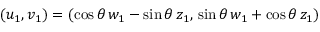
( u _ { 1 } , v _ { 1 } ) = ( \cos \theta \, w _ { 1 } - \sin \theta \, z _ { 1 } , \, \sin \theta \, w _ { 1 } + \cos \theta \, z _ { 1 } ) \,